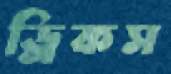
ড্রিকস